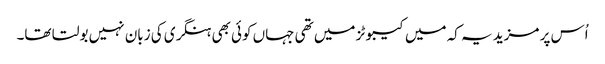
اُس پر مزید یہ کہ میں کیبوٹز میں تھی جہاں کوئی بھی ہنگری کی زبان نہیں بولتا تھا۔